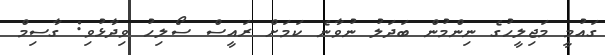
ގައުމީ މަޖިލީހުގެ ނިންމުން ބަދަލު ނުވާނެ ކަމަށް ރައީސް ސޯލިހު ވިދާޅުވި: ގާސިމް